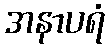
အနာပရံ